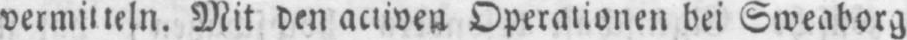
vermitteln. Mit den activen Operationen bei Sweaborg